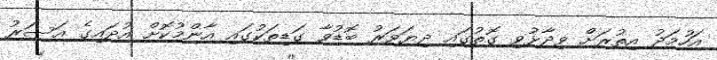
އަހުމަދު އިތުރަށް ވިދާޅުވި ގޮތުގައި ދިޔަވަރު ބޮޑުވާ ގަޑިތަކުގައި އާންމުކޮށް އުދައިގެ އަސަރު